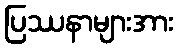
ပြဿနာများအား